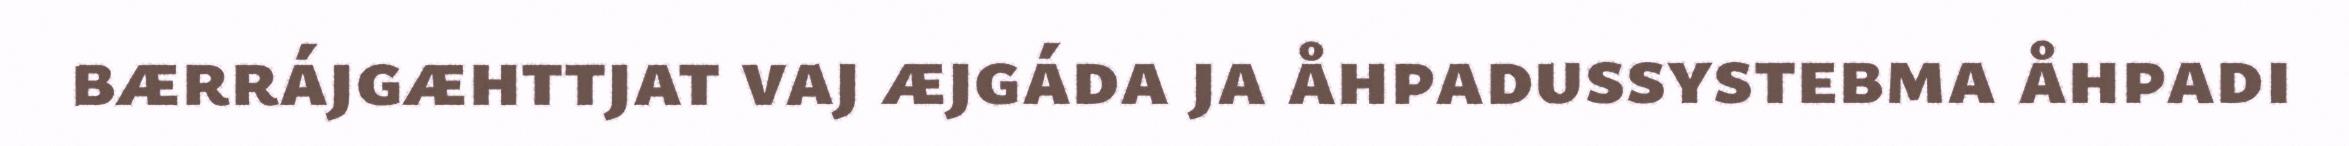
bærrájgæhttjat vaj æjgáda ja åhpadussystebma åhpadi